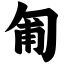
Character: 匍